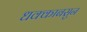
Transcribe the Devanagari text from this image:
धक्काबसुन